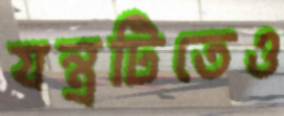
যন্ত্রটিতেও